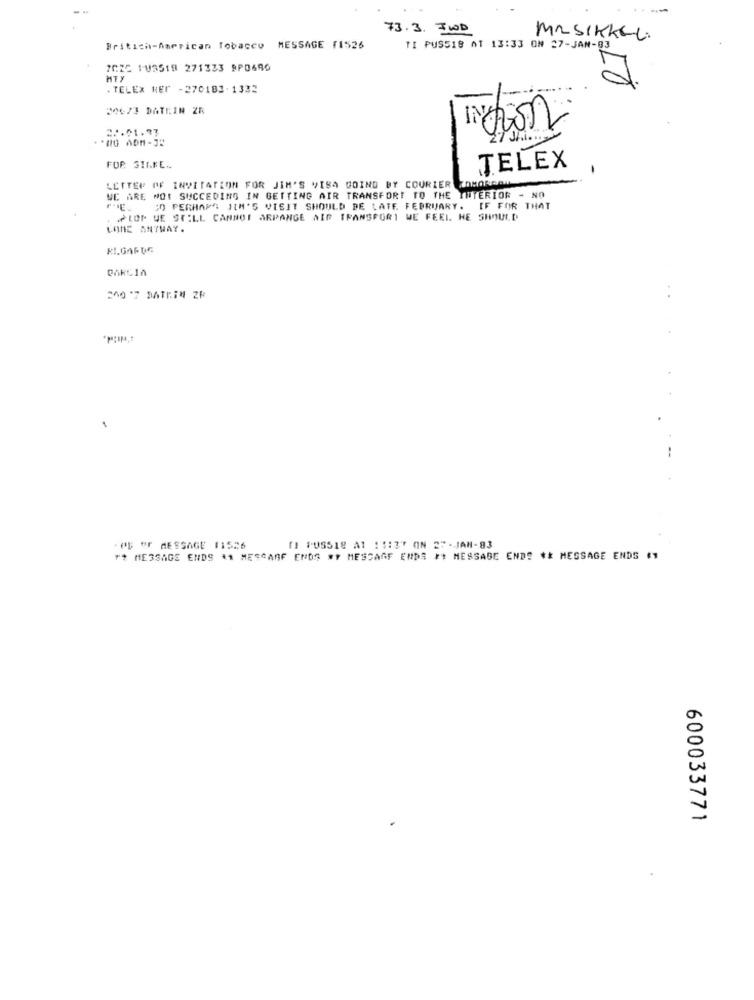
73.3. FWD
MUSIKKEL.
Britich-narrican Tobacco
MESSAGE 11526
TI PUS518 01 13:33 ON 27-JAN-83
7CZC 103518 271323 9P0690
HTY
. TELEX HET -270183-1332
20073 DATEIN ZR
IN cion
27 Jhi ...
FOR SILKE ..
TELEX
-
LETTER OF INVITATION FOR JIM'S VISA GOING BY COURIER TOMORROW
WE ARE NOT SUCCEDING IN GETTING AIR TRANSPORT TO THE INTERIOR - NO
SO PERHAPS JIM'S VIEIT SHOULD BE LATE. FEBRUARY. IF FOR THAT
PLOP UE STILL CANNOT ARPANGE AIR TRANSPORT WE FEEL HE SHOULD
LONE ANYWAY.
--
PB OF MESSAGE 11526
[] FUSS18 A1 : 1:3"" (IN 27-JAN-83
** MESSAGE ENDS ** MESCARE ENDS #Y MESCARF ENDS ## MESSAGE END! ** MESSAGE ENDS #1
600033771